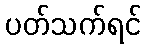
ပတ်သက်ရင်